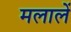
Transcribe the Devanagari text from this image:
मलालें